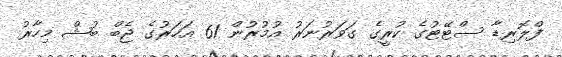
ފްލޮރިޑާ ސްޓޭޓުގެ ކުރީގެ ގަވަރުނަރު އުމުރުން 61 އަހަރުގެ ޖެބް ބުޝް މިހާރު